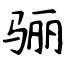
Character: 骊